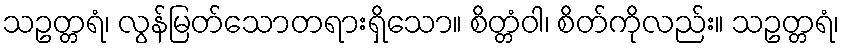
သဥတ္တရံ၊ လွန်မြတ်သောတရားရှိသော။ စိတ္တံဝါ၊ စိတ်ကိုလည်း။ သဥတ္တရံ၊